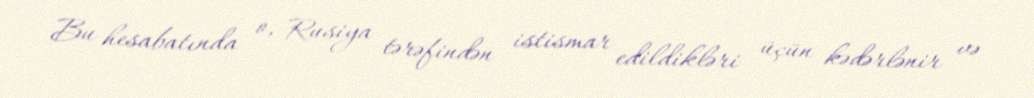
Bu hesabatında o, Rusiya tərəfindən istismar edildikləri üçün kədərlənir və